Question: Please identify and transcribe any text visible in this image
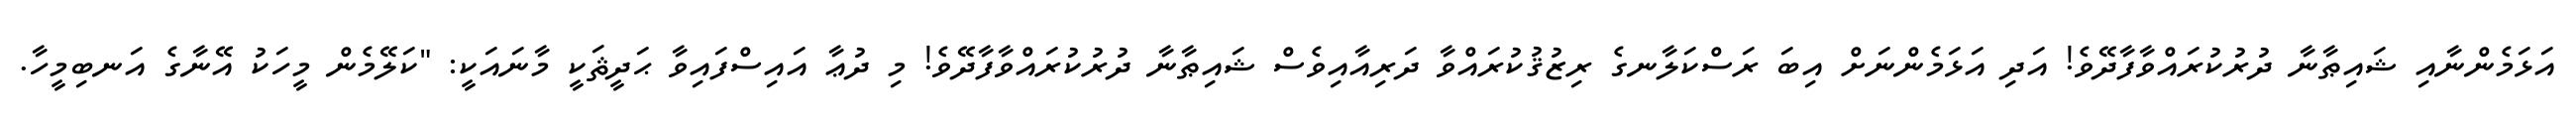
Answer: އަޅަމެންނާއި ޝައިޠާނާ ދުރުކުރައްވާފާދޭވެ! އަދި އަޅަމެންނަށް އިބަ ރަސްކަލާނގެ ރިޒުޤުކުރައްވާ ދަރިއާއިވެސް ޝައިޠާނާ ދުރުކުރައްވާފާދޭވެ! މި ދުޢާ އައިސްފައިވާ ޙަދީޘަކީ މާނައަކީ: "ކަލޭމެން މީހަކު އޭނާގެ އަނބިމީހާ.